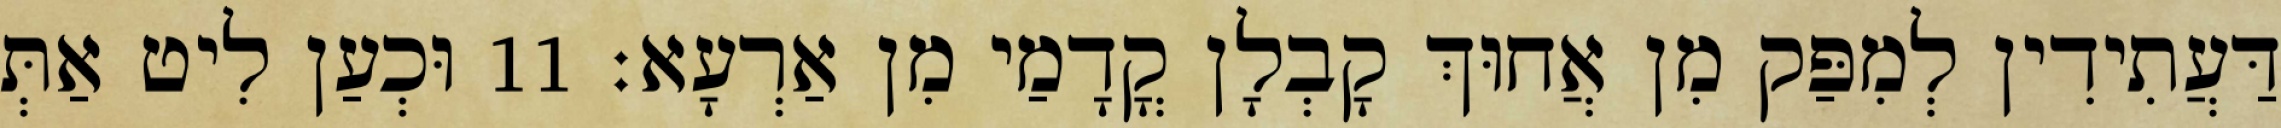
דַּעֲתִידִין לְמִפַּק מִן אֲחוּךְ קָבְלָן קֳדָמַי מִן אַרְעָא׃ 11 וּכְעַן לִיט אַתְּ